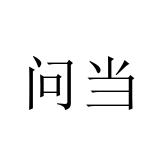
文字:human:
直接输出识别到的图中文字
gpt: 问当